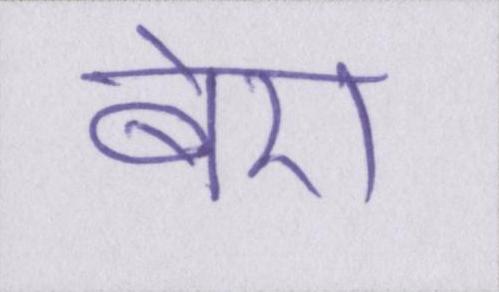
बेरा